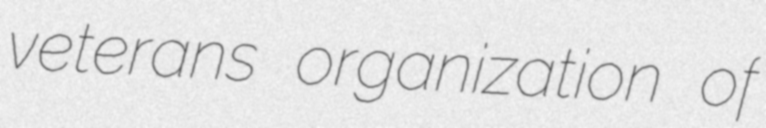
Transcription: veterans organization of